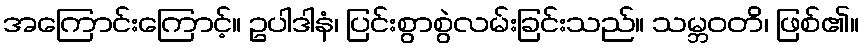
အကြောင်းကြောင့်။ ဥပါဒါနံ၊ ပြင်းစွာစွဲလမ်းခြင်းသည်။ သမ္ဘဝတိ၊ ဖြစ်၏။